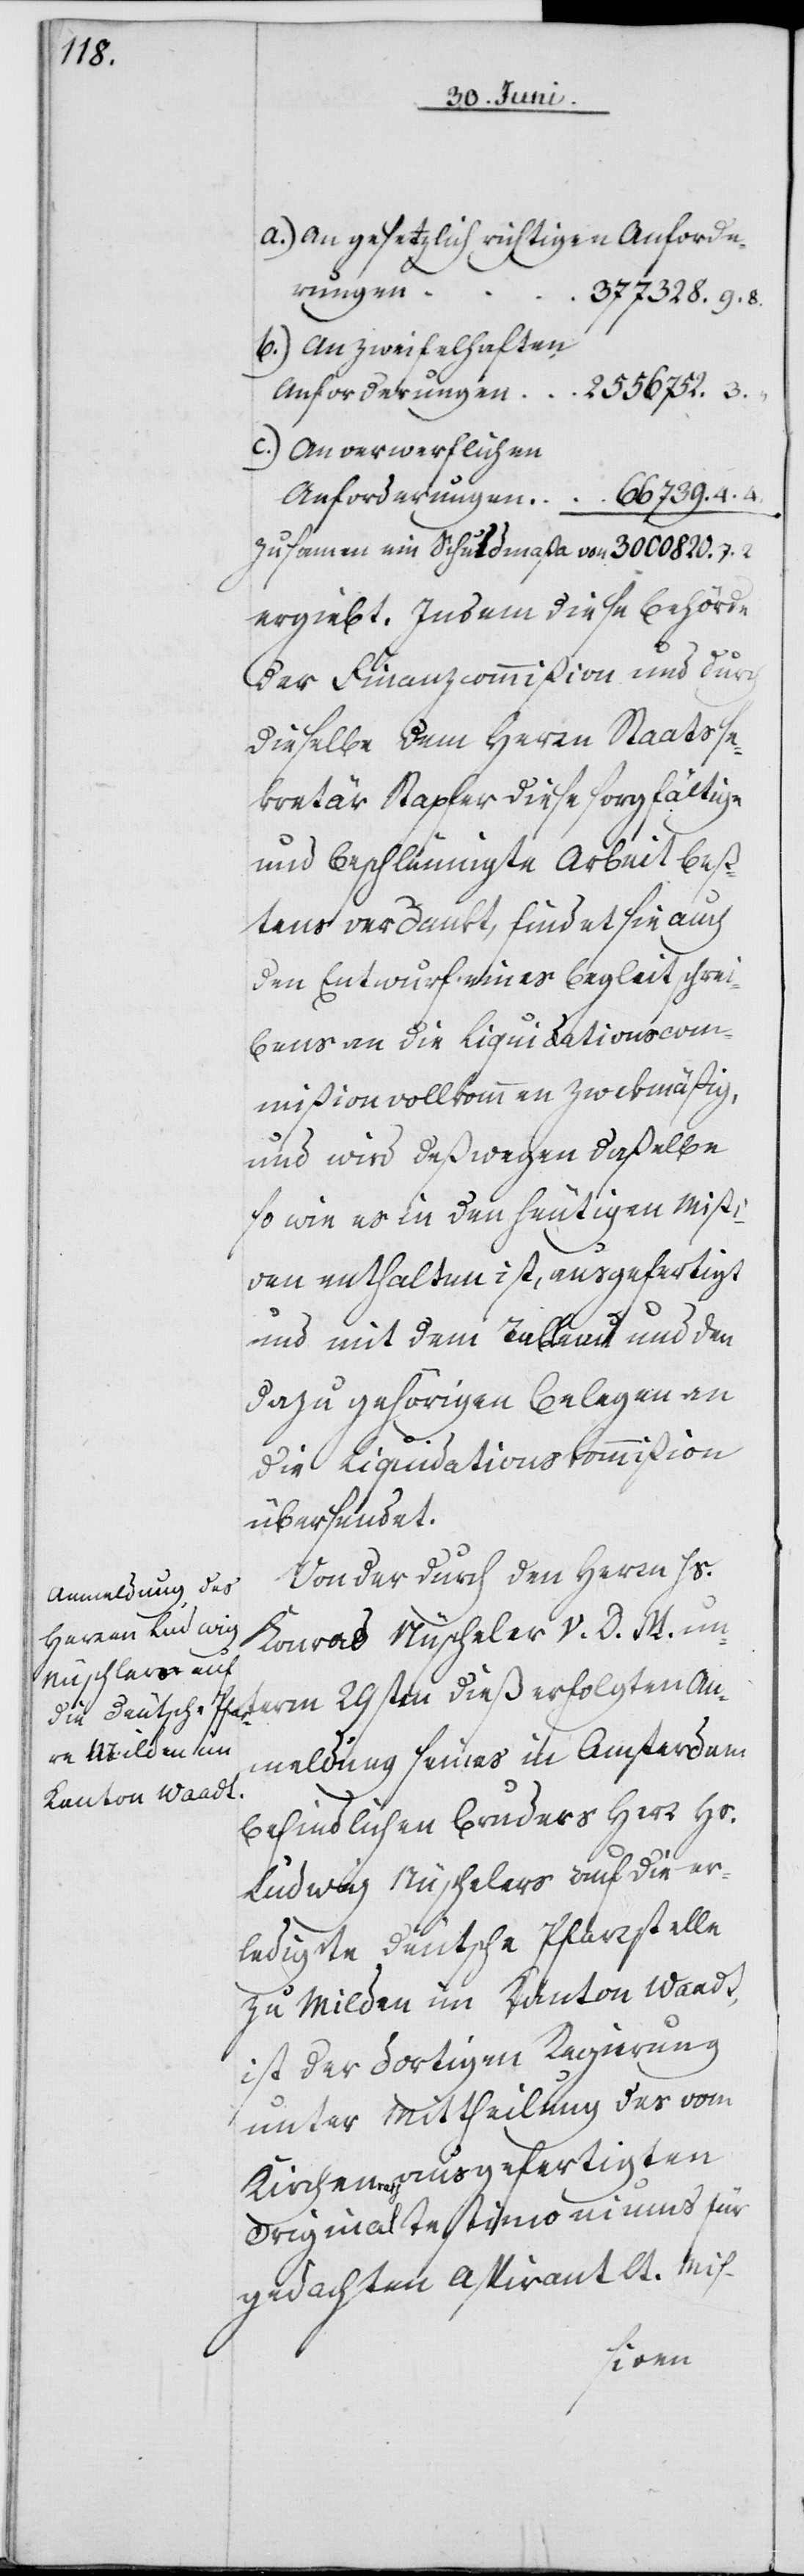
a.) an gesetzlich richtigen Anforde¬
rungen
377 328.9.8.
b.) an zweifelhaften
Anforderungen 2 556 752.3.
c.) an verwerflichen
Anforderungen 66 739.4.4.
zusamen ein Schuldmaßa von 3 000 820.7.2.
ergiebt. Indem diese Behörde
der Finanzcommißion und durch
dieselbe dem Herrn Staatsse¬
kretär Stapfer diese sorgfältige
und beschleunigte Arbeit beß¬
tens verdankt, findet sie auch
den Entwurf eines Begleitschrei¬
bens an die Liquidationscom¬
mißion vollkommen zwekmäßig,
und wird deßwegen daßelbe
so wie es in den heutigen Mißi¬
ven enthalten ist, ausgefertigt
und mit dem Tableau und den
dazu gehörigen Belegen an
die Liquidationskommißion
übersendet.
Von der durch den Herrn Hs.
Konrad Nüscheler V. D. M. un¬
dieß erfolgten An¬
meldung seines in Amsterdam
befindlichen Bruders Herr Hs.
Ludwig Nüschelers [sic!] auf die er¬
ledigte deutsche Pfarrstelle
zu Milden im Kanton Waadt,
ist der dortigen Regierung
unter Mittheilung des vom
Kirchenrath ausgefertigten
Originaltestimoniums für
gedachten Aspirant lt. Mis-
29sten